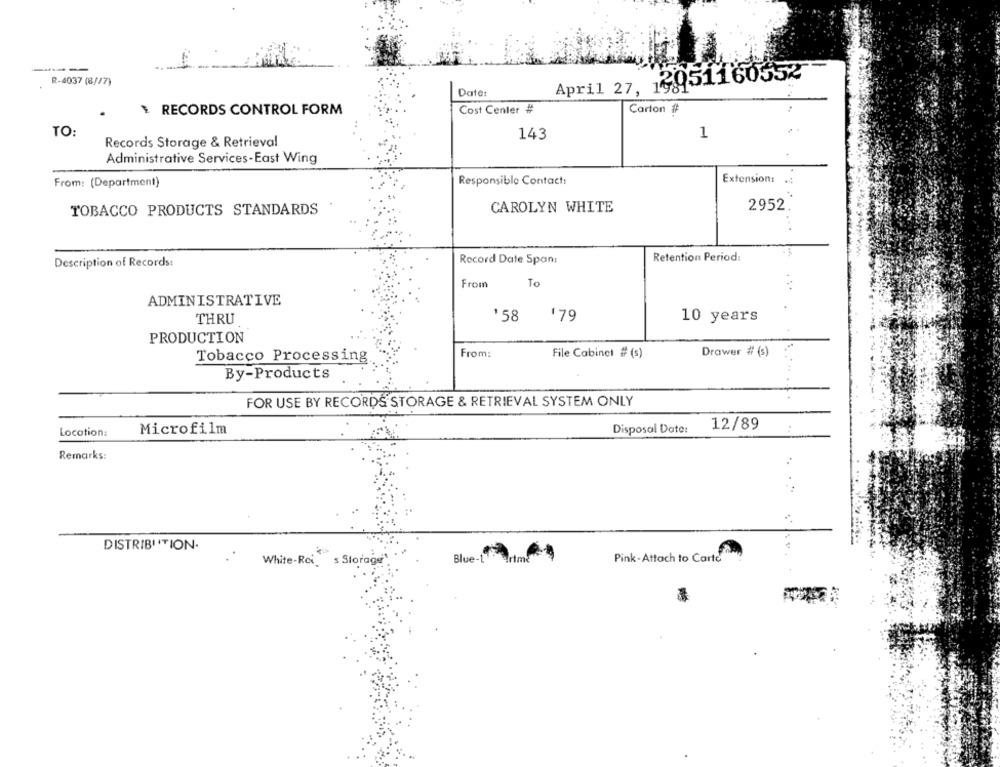
12051160552
R-4037 (8//7)
Date:
April 27, 1981
RECORDS CONTROL FORM
Cost Center #
Carton #
TO:
143
1
Records Storage & Retrieval
Administrative Services-East Wing
From: (Department)
Responsible Contact:
Extension:
CAROLYN WHITE
2952.
TOBACCO PRODUCTS STANDARDS
Record Date Span:
Retention Period:
Description of Records:
From
To
ADMINISTRATIVE
THRU
'58 '79
10 years
PRODUCTION
From:
File Cabinet # (s)
Drawer # (s)
Tobacco Processing
By-Products
FOR USE BY RECORDS STORAGE & RETRIEVAL SYSTEM ONLY
Microfilm
Disposal Date:
12/89
Location:
Remarks:
DISTRIBI ITION.
Blue-1 artme
Pink -Attach to Carte
White-Rci, s Storage"